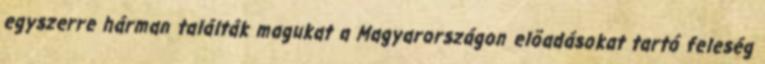
egyszerre hárman találták magukat a Magyarországon elõadásokat tartó feleség